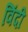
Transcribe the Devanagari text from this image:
विंदी